Report of the Indian Hemp Drugs Commission, 1894-1895 - Volume IV
Year: 1894
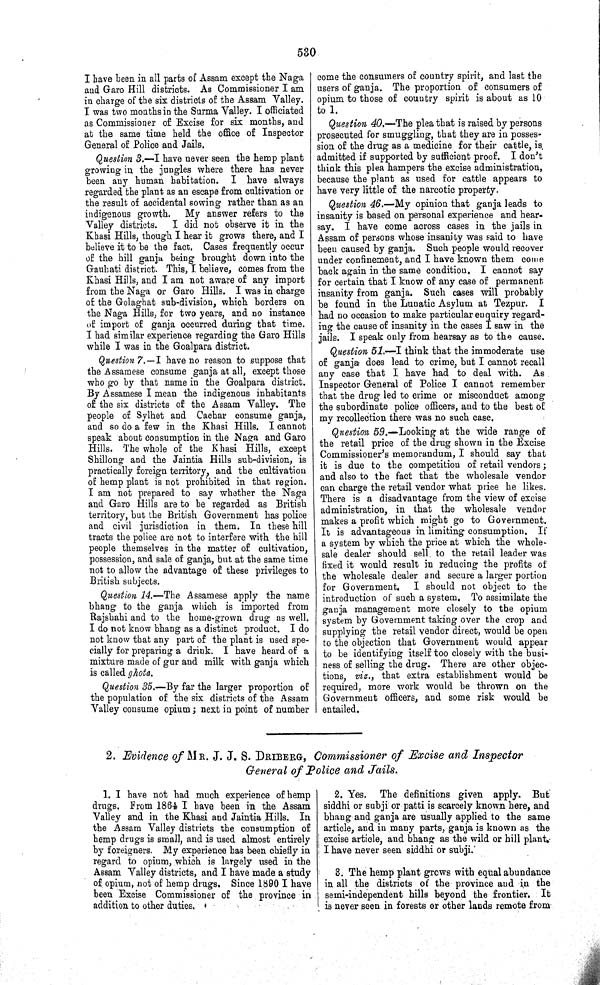
530
I have been in all parts of Assam except the Naga
and Garo Hill districts. As Commissioner I am
in charge of the six districts of the Assam Valley.
I was two months in the Surma Valley. I officiated
as Commissioner of Excise for six months, and
at the same time held the office of Inspector
General of Police and Jails.
Question 3.—I have never seen the hemp plant
growing in the jungles where there has never
been any human habitation. I have always
regarded the plant as an escape from cultivation or
the result of accidental sowing rather than as an
indigenous growth. My answer refers to the
Valley districts.
I did not observe it in the
Khasi Hills, though I hear it grows there, and I
believe it to be the fact. Cases frequently occur
of the hill ganja being brought down into the
Gauhati district. This, I believe, comes from the
Khasi Hills, and I am not aware of any import
from the Naga or Garo Hills. I was in charge
of the Golaghat sub-division, which borders on
the Naga Hills, for two years, and no instance
of import of ganja occurred during that time.
I had similar experience regarding the Garo Hills
while I was in the Goalpara district.
Question 7. —I have no reason to suppose that
the Assamese consume ganja at all, except those
who go by that name in the Goalpara district.
By Assamese I mean the indigenous inhabitants
of the six districts of the Assam Valley. The
people of Sylhet and Cachar consume ganja,
and so do a few in the Khasi Hills. I cannot
speak about consumption in the Naga and Garo
Hills. The whole of the Khasi Hills, except
Shillong and the Jaintia Hills sub-division, is
practically foreign territory, and the cultivation
of hemp plant is not prohibited in that region.
I am not prepared to say whether the Naga
and Garo Hills are to be regarded as British
territory, but the British Government has police
and civil jurisdiction in them. In these hill
tracts the police are not to interfere with the hill
people themselves in the matter of cultivation,
possession, and sale of ganja, but at the same time
not to allow the advantage of these privileges to
British subjects.
Question 14.—The Assamese apply the name
bhang to the ganja which is imported from
Rajshahi and to the home-grown drug as well.
I do not know bhang as a distinct product. I do
not know that any part of the plant is used spe-
cially for preparing a drink. I have heard of a
mixture made of gur and milk with ganja which
is called ghota.
Question 35.—By far the larger proportion of
the population of the six districts of the Assam
Valley consume opium; next in point of number
come the consumers of country spirit, and last the
users of ganja. The proportion of consumers of
opium to those of country spirit is about as 10
to 1.
Question 40.—The plea that is raised by persons
prosecuted for smuggling, that they are in posses-
sion of the drug as a medicine for their cattle, is.
admitted if supported by sufficient proof. I don't
think this plea hampers the excise administration,
because the plant as used for cattle appears to
have very little of the narcotic property.
Question 46.—My opinion that ganja leads to
insanity is based on personal experience and hear-
say. I have come across cases in the jails in
Assam of persons whose insanity was said to have
been caused by ganja. Such people would recover
under confinement, and I have known them come
back again in the same condition. I cannot say
for certain that I know of any case of permanent
insanity from ganja. Such cases will probably
be found in the Lunatic Asylum at Tezpur.
I
had no occasion to make particular enquiry regard-
ing the cause of insanity in the cases I saw in the
jails. I speak only from hearsay as to the cause.
Question 51.—I think that the immoderate use
of ganja does lead to crime, but I cannot recall
any case that I have had to deal with. As
Inspector General of Police I cannot remember
that the drug led to crime or misconduct among
the subordinate police officers, and to the best of
my recollection there was no such case.
Question 59.—Looking at the wide range of
the retail price of the drug shown in the Excise
Commissioner's memorandum, I should say that
it is due to the competition of retail vendors;
and also to the fact that the wholesale vendor
can charge the retail vendor what price he likes.
There is a disadvantage from the view of excise
administration, in that the wholesale vendor
makes a profit which might go to Government.
It is advantageous in limiting consumption. If
a system by which the price at which the whole-
sale dealer should sell to the retail leader was
fixed it would result in reducing the profits of
the wholesale dealer and secure a larger portion
for Government.
I should not object to the
introduction of such a system. To assimilate the
ganja management more closely to the opium
system by Government taking over the crop and
supplying the retail vendor direct, would be open
to the objection that Government would appear
to be identifying itself too closely with the busi-
ness of selling the drug. There are other objec-
tions, viz., that extra establishment would be
required, more work would be thrown on the
Government officers, and some risk would be
entailed.
2. Evidence of MR. J. J. S. DRIBERG, Commissioner of Excise and Inspector
General of Police and Jails.
1. I have not had much experience of hemp
drugs. From 1864 I have been in the Assam
Valley and in the Khasi and Jaintia Hills. In
the Assam Valley districts the consumption of
hemp drugs is small, and is used almost entirely
by foreigners. My experience has been chiefly in
regard to opium, which is largely used in the
Assam Valley districts, and I have made a study
of opium, not of hemp drugs. Since 1890 I have
been Excise Commissioner of the province in
addition to other duties.
2. Yes. The definitions given apply. But
siddhi or subji or patti is scarcely known here, and
bhang and ganja are usually applied to the same
article, and in many parts, ganja is known as the
excise article, and bhang as the wild or hill plant.
I have never seen siddhi or subji.
3. The hemp plant grows with equal abundance
in all the districts of the province and in the
semi-independent hills beyond the frontier. It
is never seen in forests or other lands remote from